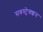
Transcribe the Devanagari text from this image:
सबस्ट्रेक्शन